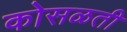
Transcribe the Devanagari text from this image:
कोसळती